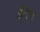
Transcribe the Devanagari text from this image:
ईगेन